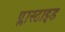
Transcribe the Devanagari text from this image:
प्लास्टाइड